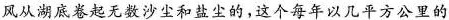
风从湖底卷起无数沙尘和盐尘的，这个每年以几千方公里的